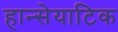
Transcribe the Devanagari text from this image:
हान्सेयाटिक